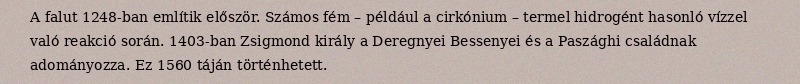
A falut 1248-ban említik először. Számos fém – például a cirkónium – termel hidrogént hasonló vízzel való reakció során. 1403-ban Zsigmond király a Deregnyei Bessenyei és a Paszághi családnak adományozza. Ez 1560 táján történhetett.